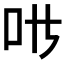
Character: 𱒁